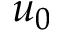
u _ { 0 }